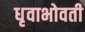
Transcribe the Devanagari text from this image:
धृवाभोवती